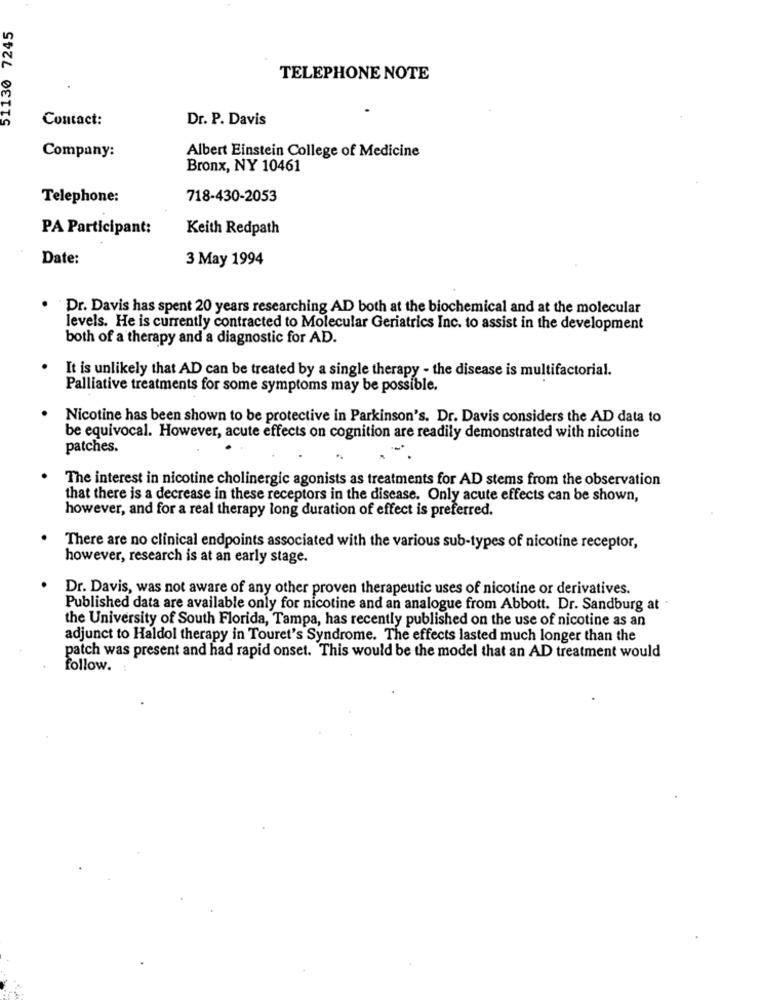
51130 7245
TELEPHONE NOTE
Contact:
Dr. P. Davis
Albert Einstein College of Medicine
Company:
Bronx, NY 10461
Telephone:
718-430-2053
PA Participant:
Keith Redpath
Date:
3 May 1994
Dr. Davis has spent 20 years researching AD both at the biochemical and at the molecular
levels. He is currently contracted to Molecular Geriatrics Inc. to assist in the development
both of a therapy and a diagnostic for AD.
It is unlikely that AD can be treated by a single therapy - the disease is multifactorial.
Palliative treatments for some symptoms may be possible.
Nicotine has been shown to be protective in Parkinson's. Dr. Davis considers the AD data to
be equivocal. However, acute effects on cognition are readily demonstrated with nicotine
patches.
The interest in nicotine cholinergic agonists as treatments for AD stems from the observation
that there is a decrease in these receptors in the disease. Only acute effects can be shown,
however, and for a real therapy long duration of effect is preferred.
There are no clinical endpoints associated with the various sub-types of nicotine receptor,
however, research is at an early stage.
Dr. Davis, was not aware of any other proven therapeutic uses of nicotine or derivatives.
Published data are available only for nicotine and an analogue from Abbott. Dr. Sandburg at -
the University of South Florida, Tampa, has recently published on the use of nicotine as an
adjunct to Haldol therapy in Touret's Syndrome. The effects lasted much longer than the
patch was present and had rapid onset. This would be the model that an AD treatment would
follow. !